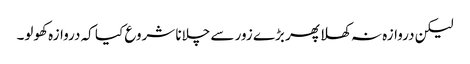
لیکن دروازہ نہ کھلا پھر بڑے زور سے چلانا شروع کیا کہ دروازہ کھولو۔